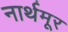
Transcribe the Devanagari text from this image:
नार्थमूर